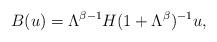
LaTeX: \begin{align*}B(u)=\Lambda^{\beta-1}H(1 + \Lambda^{\beta})^{-1}u,\end{align*}